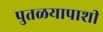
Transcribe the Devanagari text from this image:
पुतळयापाशी